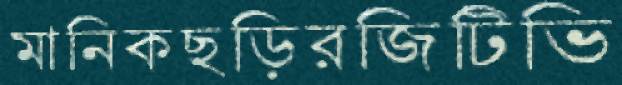
মানিকছড়িরজিটিভি